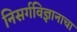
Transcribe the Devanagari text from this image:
निसर्गविज्ञानाचा